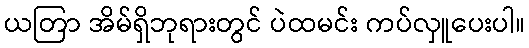
ယတြာ အိမ်ရှိဘုရားတွင် ပဲထမင်း ကပ်လှူပေးပါ။